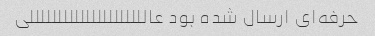
حرفه‌ای ارسال شده بود عالللللللللللللللللللللی